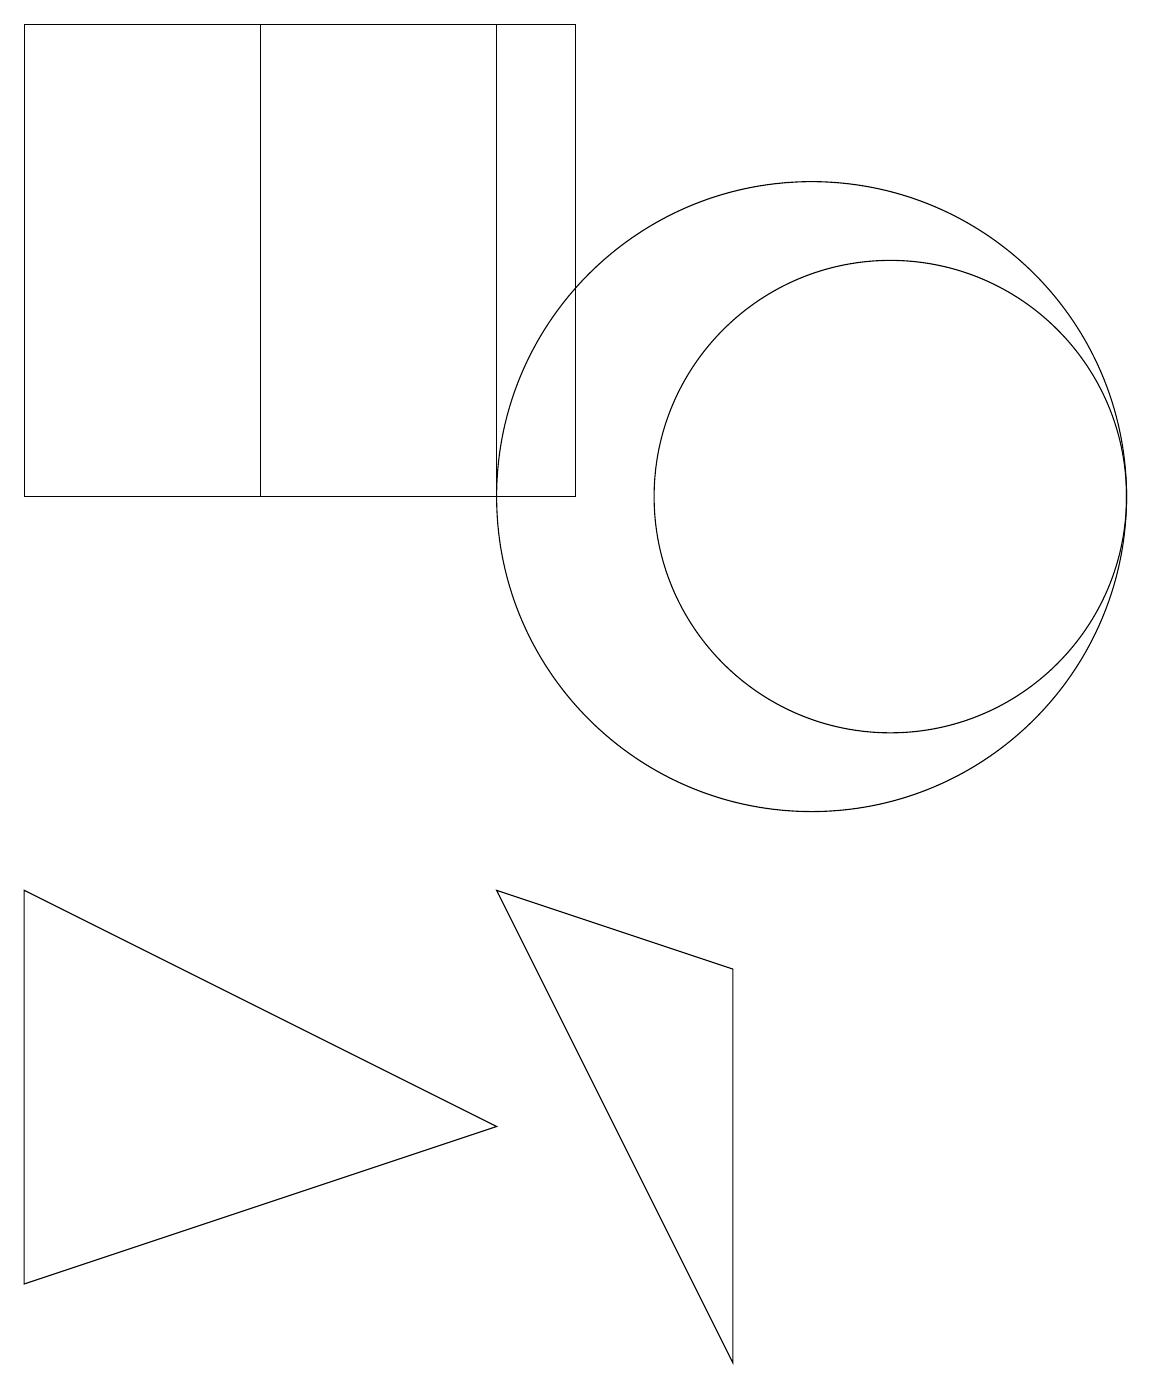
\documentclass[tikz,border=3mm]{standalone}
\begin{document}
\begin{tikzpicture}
\draw (11,11) circle (3);
\draw (6,17) rectangle (0,11);
\draw (10,11) circle (4);
\draw (9,0) -- (9,5) -- (6,6) -- cycle;
\draw (11,10) circle (0);
\draw (7,17) rectangle (3,11);
\draw (6,3) -- (0,1) -- (0,6) -- cycle;
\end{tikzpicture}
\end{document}